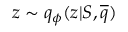
z \sim q _ { \phi } ( z | S , \overline { { q } } )